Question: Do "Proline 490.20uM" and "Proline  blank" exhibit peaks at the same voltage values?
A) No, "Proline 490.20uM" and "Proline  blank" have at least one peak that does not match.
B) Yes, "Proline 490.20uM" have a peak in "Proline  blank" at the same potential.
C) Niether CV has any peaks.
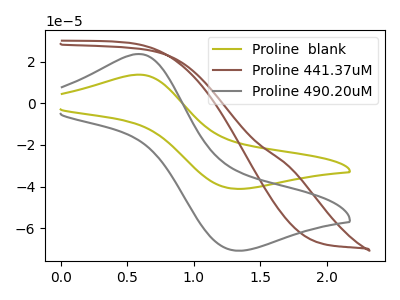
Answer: <think>The olive curve "Proline  blank" has an anodic peak at (0.60V, 13.70uA) and a cathodic peak at (1.30V, -41.05uA). The brown curve "Proline 441.37uM" has no peaks. The gray curve "Proline 490.20uM" has an anodic peak at (0.60V, 23.60uA) and a cathodic peak at (1.30V, -70.70uA).</think>
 <answer>B) Yes, "Proline 490.20uM" have a peak in "Proline  blank" at the same potential.</answer>
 <eval>B</eval>